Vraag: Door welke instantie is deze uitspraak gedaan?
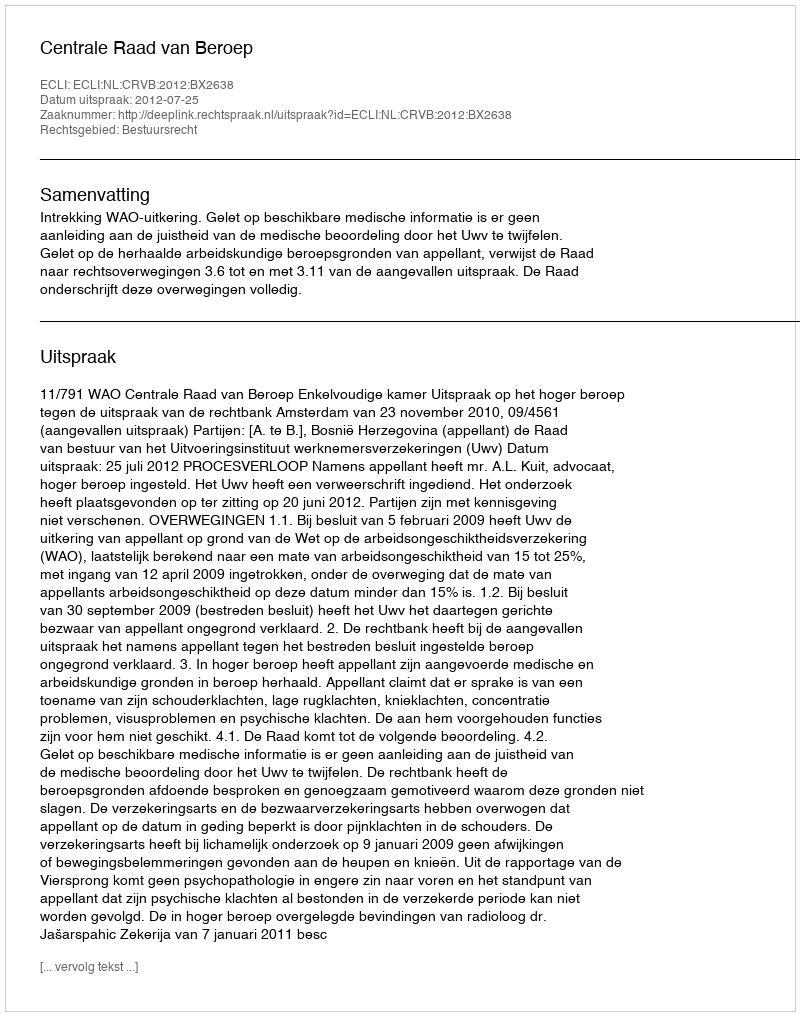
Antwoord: Centrale Raad van Beroep